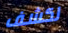
لكشف